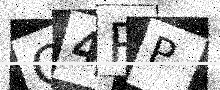
Text: Q4PP